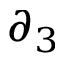
\partial _ { 3 }